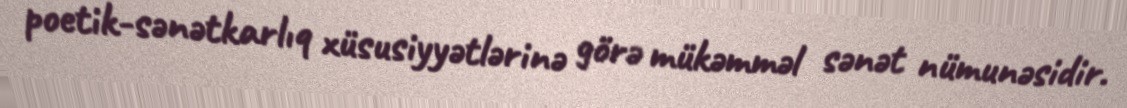
poetik-sənətkarlıq xüsusiyyətlərinə görə mükəmməl sənət nümunəsidir.